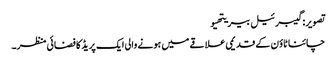
تصویر: گیبرئیل بیریتھیو
چائنا ٹاؤن کے قدیمی علاقے میں ہونے والی ایک پریڈ کا فضائی منظر۔